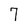
Character: 7